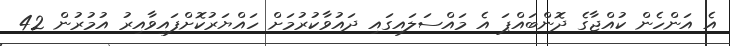
އެ އަންހެން ކުއްޖާގެ ދޮންބައްޕަ އެ މައްސަލައިގައި ދައުވާކުރުމަށް ހައްޔަރުކޮށްފައިވާއިރު އުމުރުން 42